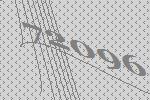
72096